Lunatic asylums Madras 1877-1891 - 1877-1891
Year: 1877
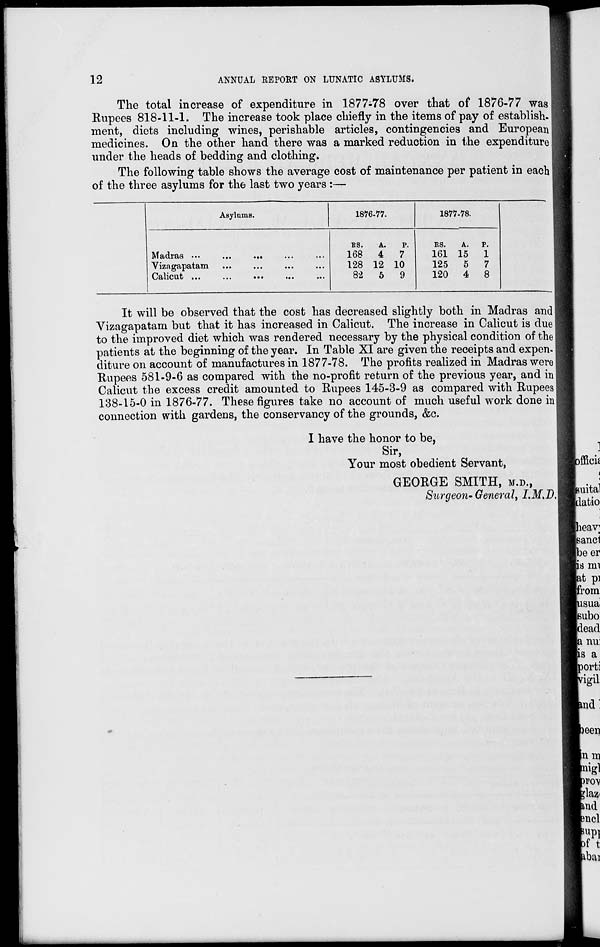
12
ANNUAL REPORT ON LUNATIC ASYLUMS.
The total increase of expenditure in 1877-78 over that of 1876-77 was
Rupees 818-11-1. The increase took place chiefly in the items of pay of establish-
ment, diets including wines, perishable articles, contingencies and European
medicines. On the other hand there was a marked reduction in the expenditure
under the heads of bedding and clothing.
The following table shows the average cost of maintenance per patient in each
of the three asylums for the last two years :—
Asylums.
Madras ... ... ... ... ...
Vizagapatam ... ... ... ...
Calicut ... ... ... ... ...
1876-77.
RS.
168
128
82
A.
4
12
5
P.
7
10
9
1877-78.
R.
161
125
120
A.
15
5
4
P.
1
7
8
It will be observed that the cost has decreased slightly both in Madras and
Vizagapatam but that it has increased in Calicut. The increase in Calicut is due
to the improved diet which was rendered necessary by the physical condition of the
patients at the beginning of the year. In Table XI are given the receipts and expen-
diture on account of manufactures in 1877-78. The profits realized in Madras were
Rupees 581-9-6 as compared with the no-profit return of the previous year, and in
Calicut the excess credit amounted to Rupees 145-3-9 as compared with Rupees
138-15-0 in 1876-77. These figures take no account of much useful work done in
connection with gardens, the conservancy of the grounds, &c.
I have the honor to be,
Sir,
Your most obedient Servant,
GEORGE SMITH, M. D. ,
Surgeon- General, I.M.D.